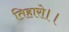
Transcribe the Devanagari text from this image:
तिहारो।।